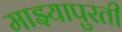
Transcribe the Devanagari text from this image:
माझ्यापुरती